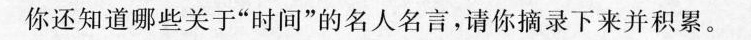
你还知道哪些关于”时间”的名人名言，请你摘录下来并积累。